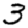
Digit: 3